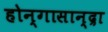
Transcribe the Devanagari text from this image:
होन्गासान्द्रा